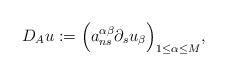
LaTeX: \begin{align*}D_{A}u:=\Bigl(a_{ns}^{\alpha\beta}\partial_s u_\beta\Bigr)_{1\leq\alpha\leq M},\end{align*}